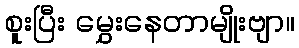
စူးပြီး မွှေးနေတာမျိုးဗျာ။